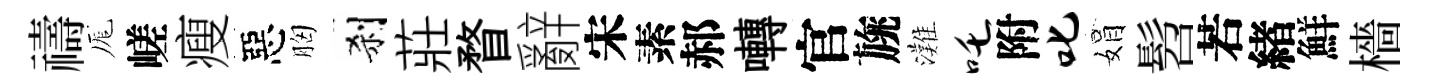
禱厖嵯瘦惡胸刹莊瞀辭宋素郝囀官旐灘吒附叱娟髫若緖鮮檣